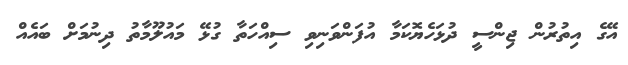
އޭގެ އިތުރުން ޖިންސީ ދުޅަހެޔޮކަމާ އުފަންވަނިވި ސިއްހަތާ ގުޅޭ މައުލޫމާތު ދިނުމަށް ބައެއް